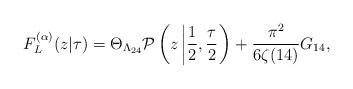
LaTeX: \begin{align*}F_{L}^{(\alpha)}(z|\tau)=\Theta_{\Lambda_{24}}{\cal P}\left(z\left|\frac{1}{2},\frac{\tau}{2}\right.\right)+\frac{\pi^{2}}{6\zeta(14)}G_{14},\end{align*}